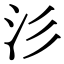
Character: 𣲀